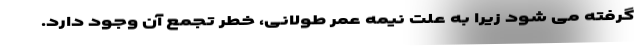
گرفته می شود زیرا به علت نیمه عمر طولانی، خطر تجمع آن وجود دارد.